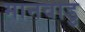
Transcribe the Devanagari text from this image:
मानवाडु